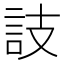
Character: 䚳